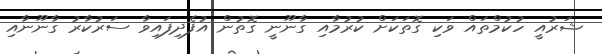
ޝަރުއީ ހުކުމްތައް ވަކި ގޮތަކަށް ކުރުމާއި ގާނޫނީ ގޮތުން އުފެދިފައިވާ ސަރުކާރު ގާނޫނާއި